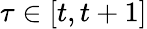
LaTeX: \tau\in[t,t+1]